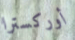
أوركسترا